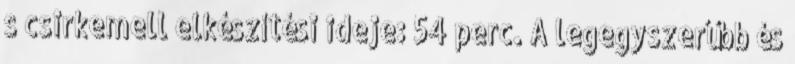
s csirkemell elkészítési ideje: 54 perc. A legegyszerűbb és